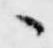
々